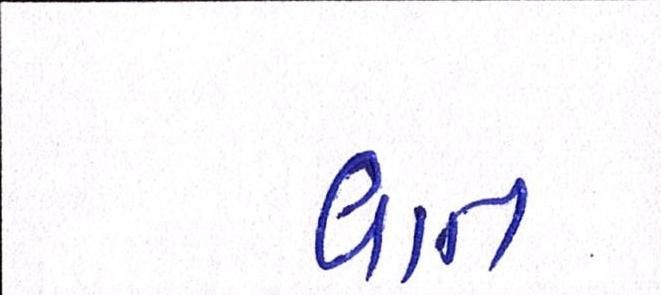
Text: વાત